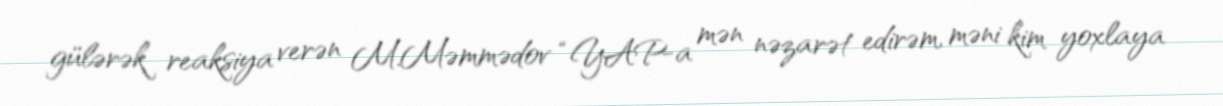
gülərək reaksiya verən M.Məmmədov “YAP-a mən nəzarət edirəm, məni kim yoxlaya